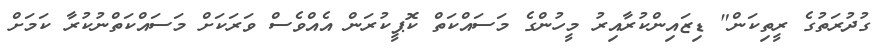
ގުދުރަތުގެ ރީތިކަން" ޑިޒައިންކުރާއިރު މީހުންގެ މަސައްކަތް ކޮޕީކުރަން އެއްވެސް ވަރަކަށް މަސައްކަތްނުކުރާ ކަމަށް